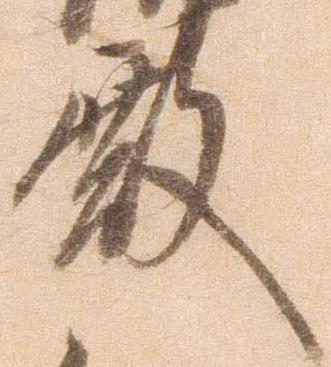
殿